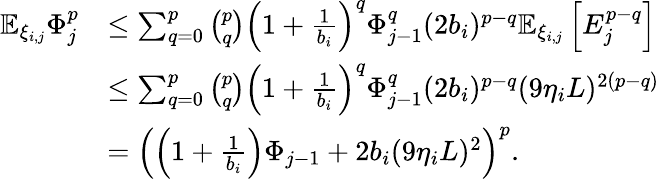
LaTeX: \begin{array}{rl}{\mathbb{E}_{\xi_{i,j}}\Phi_{j}^{p}}&{\le\sum_{q=0}^{p}\binom{p}{q}\left(1+\frac 1{b_{i}}\right)^{q}\Phi_{j-1}^{q}(2b_{i})^{p-q}\mathbb{E}_{\xi_{i,j}}\left[E_{j}^{p-q}\right]}\\ &{\le\sum_{q=0}^{p}\binom{p}{q}\left(1+\frac 1{b_{i}}\right)^{q}\Phi_{j-1}^{q}(2b_{i})^{p-q}(9\eta_{i}L)^{2(p-q)}}\\ &{=\left(\left(1+\frac 1{b_{i}}\right)\Phi_{j-1}+2b_{i}(9\eta_{i}L)^{2}\right)^{p}.}\end{array}